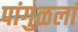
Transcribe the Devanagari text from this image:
पांगुळलां